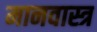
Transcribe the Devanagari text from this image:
मानवास्त्र